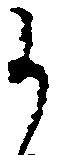
候